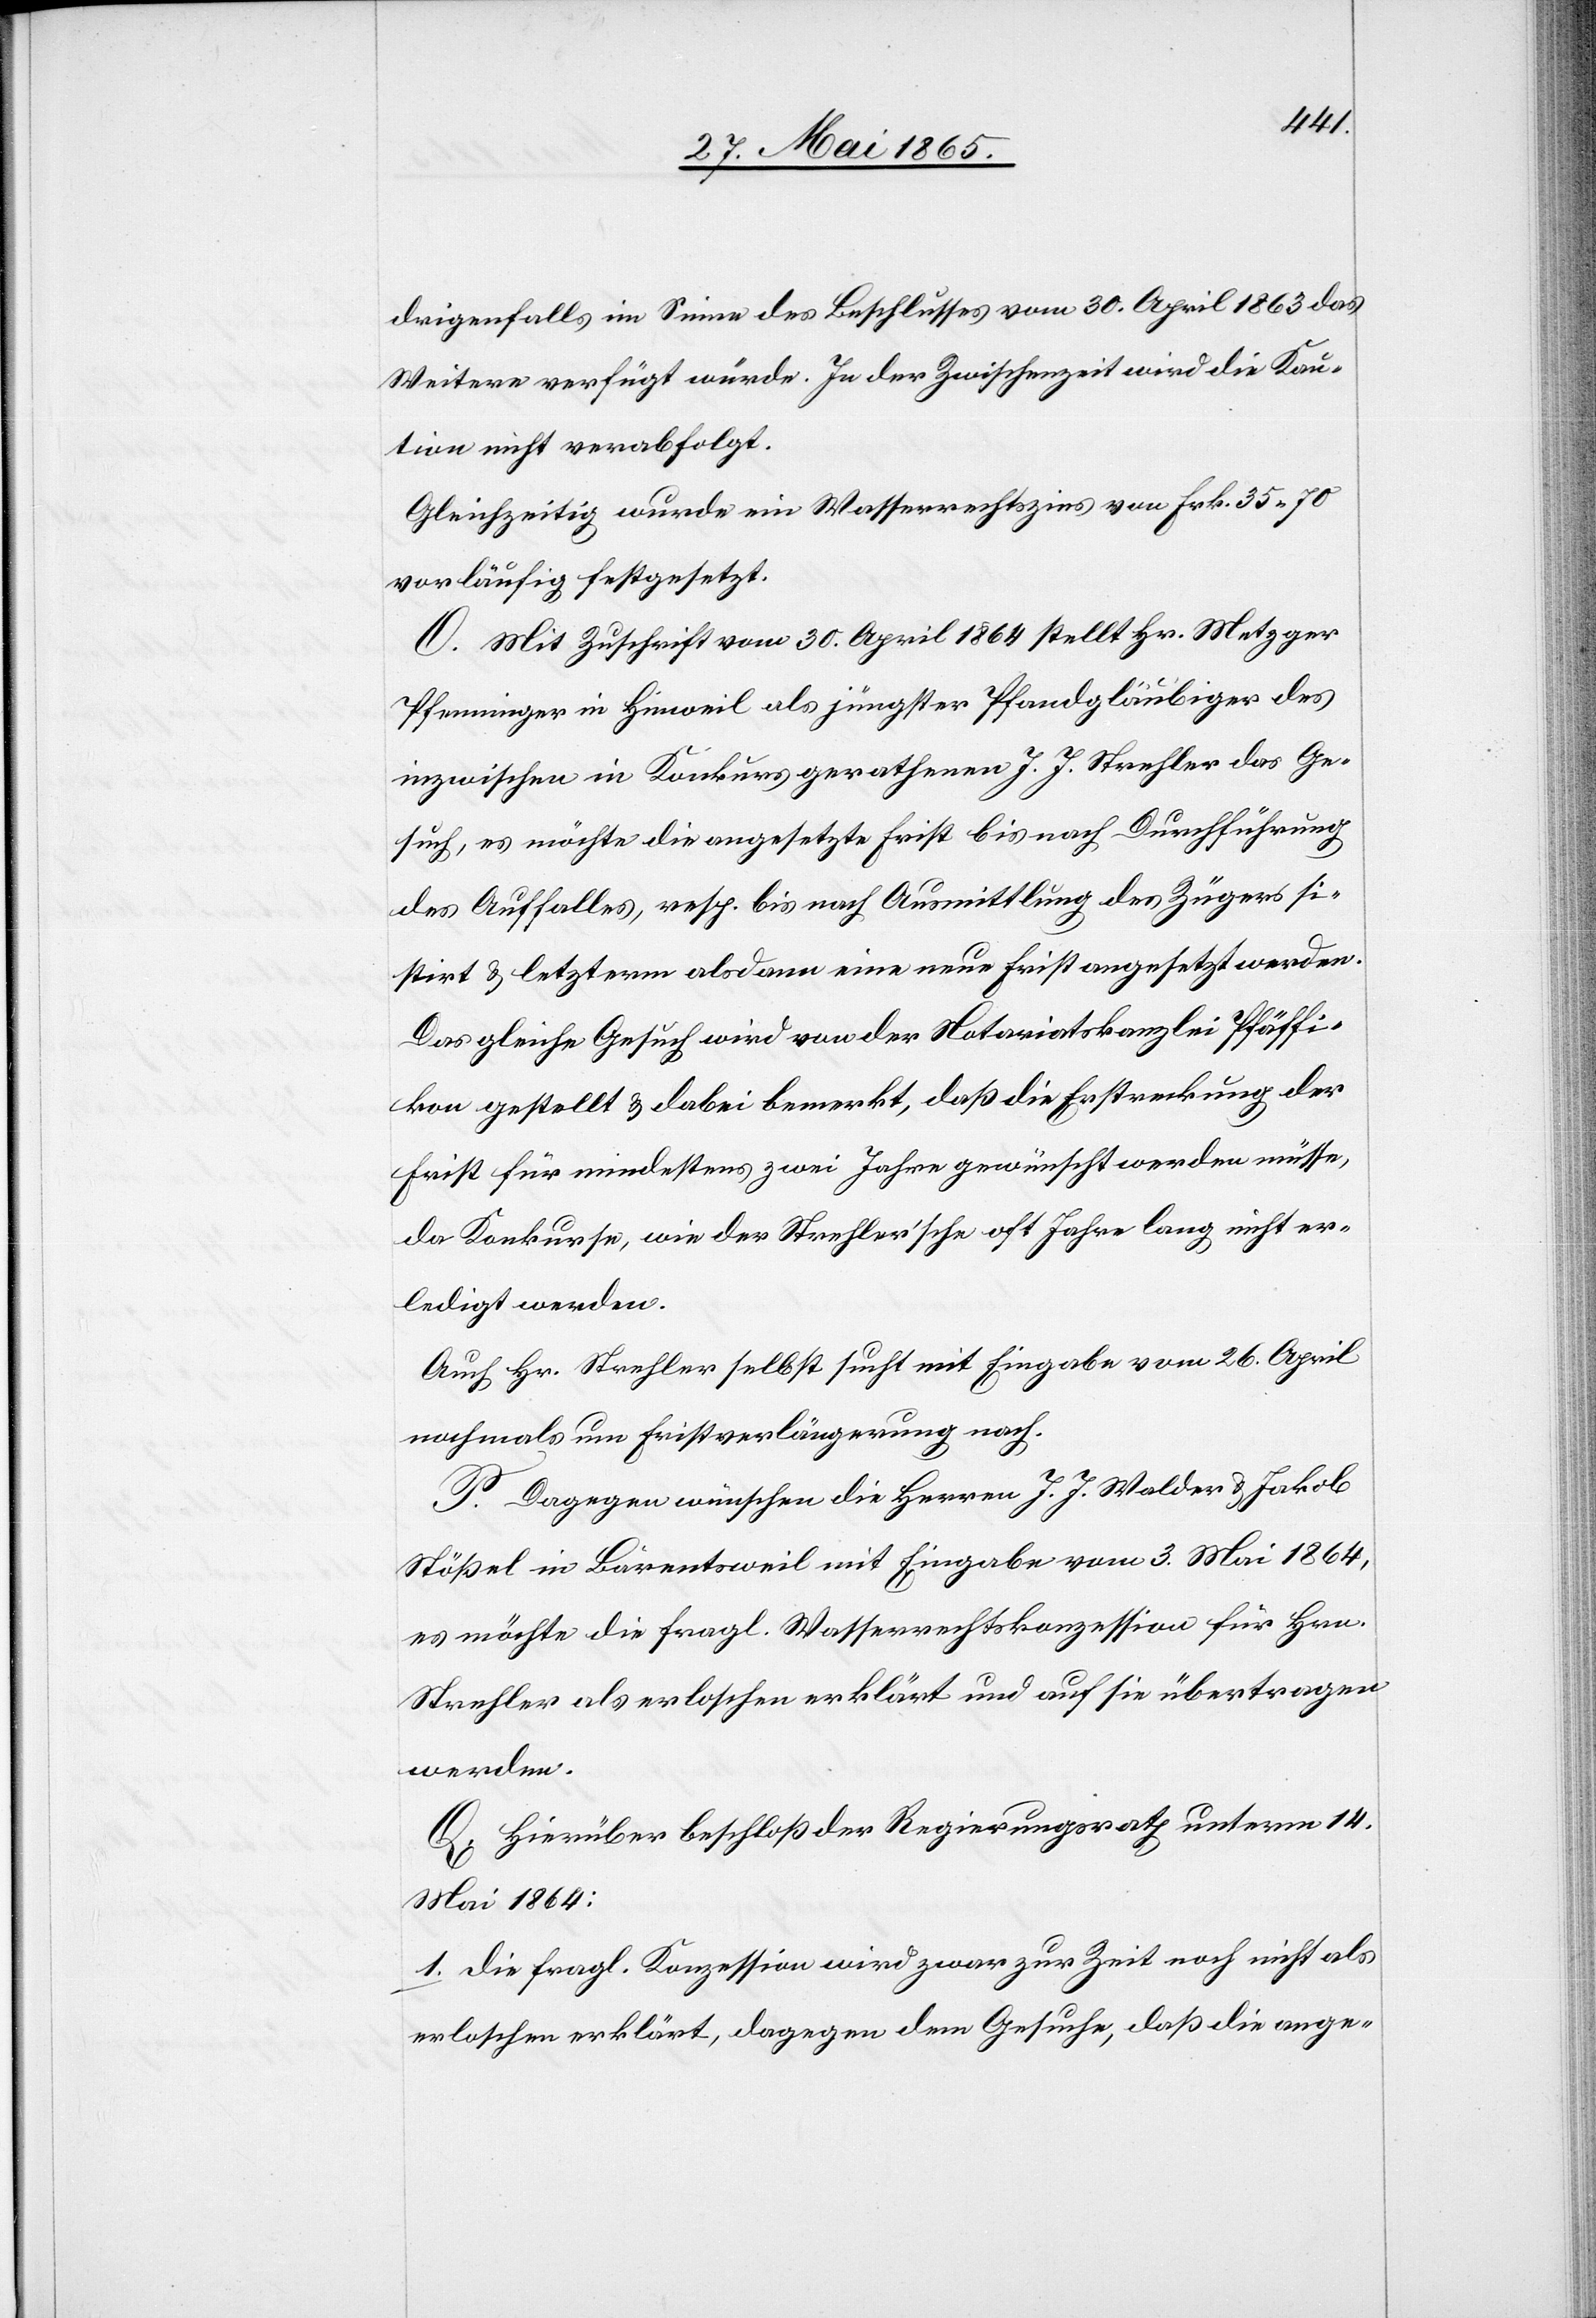
drigenfalls im Sinne des Beschlusses vom 30. April 1863 das
Weitere verfügt würde. In der Zwischenzeit wird die Kau¬
tion nicht verabfolgt.
Gleichzeitig wurde ein Wasserrechtszins von Frk. 35 70
vorläufig festgesetzt.
O. Mit Zuschrift vom 30. April 1864 stellt Hr. Metzger
Pfenninger in Hinweil als jüngster Pfandgläubiger des
inzwischen in Konkurs gerathenen J. J. Strehler das Ge¬
such, es möchte die angesetzte Frist bis nach Durchführung
des Auffalles, resp. bis nach Ausmittlung des Zügers si¬
stirt & letzterm alsdann eine neue Frist angesetzt werden.
Das gleiche Gesuch wird von der Notariatskanzlei Pfäffi¬
kon gestellt & dabei bemerkt, daß die Erstreckung der
Frist für mindestens zwei Jahre gewünscht werden müsse,
da Konkurs, wie der Strehler’sche oft Jahre lang nicht er¬
ledigt werden.
Auch Hr. Strehler selbst sucht mit Eingabe vom 26. April
nochmals um Fristverlängerung nach.
P. Dagegen wünschen die Herren J. J. Walder & Jakob
Stößel in Bärentsweil mit Eingabe vom 3. Mai 1864,
es möchte die fragl. Wasserrechtskonzession für Hrn.
Strehler als erloschen erklärt und auf sie übertragen
werden.
Q. Hierüber beschloß der Regierungsrath unterm 14.
Mai 1864:
1. Die fragl. Konzession wird zwar zur Zeit noch nicht als
erloschen erklärt, dagegen dem Gesuche, daß die ange-